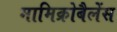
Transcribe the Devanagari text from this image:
मामिक्रोबैलेंस